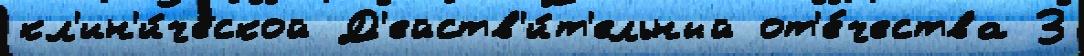
кл'ин'и́ческой Д'ейств'и́т'ельный от'е́чества З